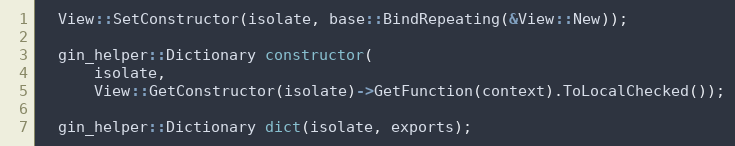
Language: C++
  View::SetConstructor(isolate, base::BindRepeating(&View::New));

  gin_helper::Dictionary constructor(
      isolate,
      View::GetConstructor(isolate)->GetFunction(context).ToLocalChecked());

  gin_helper::Dictionary dict(isolate, exports);